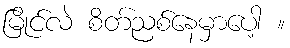
မြိုင်လဲ စိတ်ညစ်နေမှာပေါ့ ။